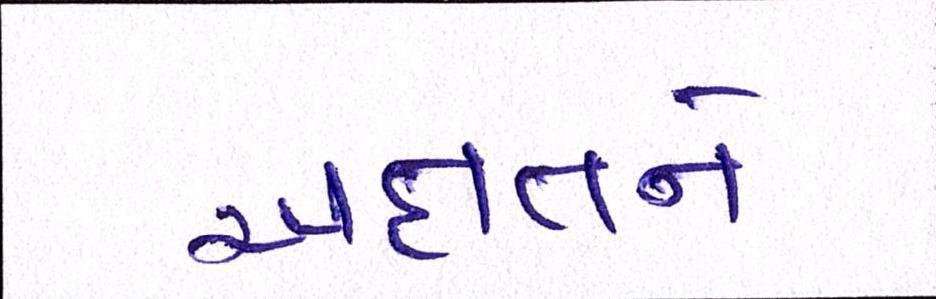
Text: અક્ષતને